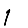
Digit: 1